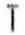
T